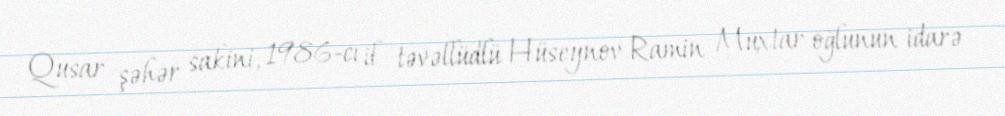
Qusar şəhər sakini, 1986-cı il təvəllüdlü Hüseynov Ramin Muxtar oğlunun idarə